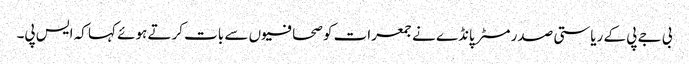
بی جے پی کے ریاستی صدر مسٹر پانڈے نے جمعرات کو صحافیوں سے بات کرتے ہوئے کہا کہ ایس پی۔